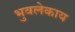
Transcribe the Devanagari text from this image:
भुवलेकाय